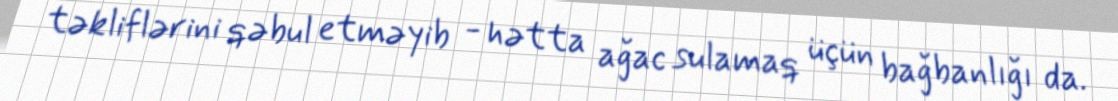
təkliflərini qəbul etməyib - hətta ağac sulamaq üçün bağbanlığı da.